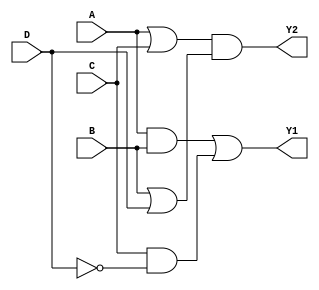
module combinational_logic_block (
    input wire A,
    input wire B,
    input wire C,
    input wire D,
    output wire Y1,
    output wire Y2
);

// Level 1: Initial Logic Expression
// Let's assume the original expressions for Y1 and Y2 are:
// Y1 = (A AND B) OR (C AND NOT D)
// Y2 = (A OR C) AND (B OR D)

// Level 2: First Simplification
// Applying simplifications using Boolean algebra
wire AB = A & B;            // AND operation
wire C_not_D = C & ~D;     // C AND NOT D
wire A_or_C = A | C;       // A OR C
wire B_or_D = B | D;       // B OR D

// Level 3: Factorization
// Y1 can be simplified and expressed as follows:
wire Y1_intermediate = AB | C_not_D;

// Level 4: Multi-Level Optimization
// Y2 can be expressed in terms of the previously computed terms
wire Y2_intermediate = A_or_C & B_or_D;

// Final Expressions
assign Y1 = Y1_intermediate;  // Final output for Y1
assign Y2 = Y2_intermediate;  // Final output for Y2

endmodule